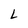
Character: L